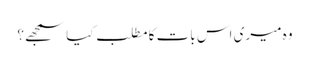
وہ میری اس بات کا مطلب کیا سمجھے؟